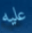
عليه